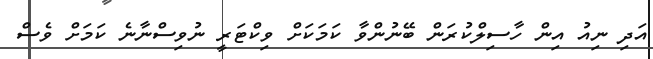
އަދި ނިއު އިން ހާސިލްކުރަން ބޭނުންވާ ކަމަކަށް ވިކްޓަރީ ނުވިސްނާނެ ކަމަށް ވެސް